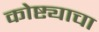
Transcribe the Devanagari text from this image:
कोष्ट्याचा